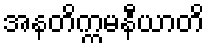
အနတိက္ကမနီယာတိ